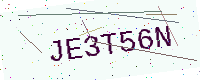
Text: JE3T56N